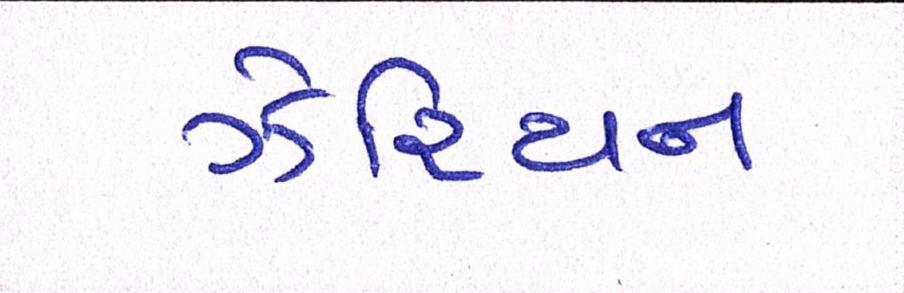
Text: ઝેરિયન